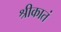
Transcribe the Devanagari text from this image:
श्रीकातं